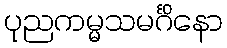
ပုညကမ္မသမင်္ဂိနော